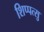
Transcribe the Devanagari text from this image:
शिप्पत्सु